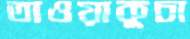
তাওয়াকুচা